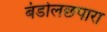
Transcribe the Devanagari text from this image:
बंडोलछपारा